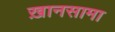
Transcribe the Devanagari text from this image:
ख़ानसामा